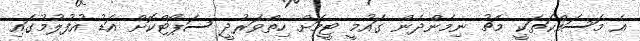
އެ މަސައްކަތަކީ މެޗު ނިމެންދެން ގައުމީ ޓީމަށް ހިތްވަރުދީ ސަޕޯޓްކޮށް އަޑު އުފުލުމުގައި